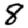
Digit: 8